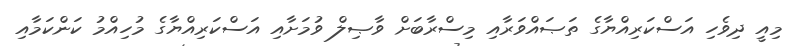
މިއީ ދިވެހި އަސްކަރިއްޔާގެ ތަޞައްވަރާއި މިސްރާބަށް ވާޞިލް ވުމަށާއި އަސްކަރިއްޔާގެ މުހިއްމު ކަންކަމާއި